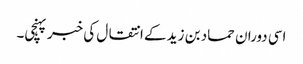
اسی دوران حماد بن زید کے انتقال کی خبر پہنچی۔